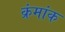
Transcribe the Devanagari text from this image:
क्रंमांक